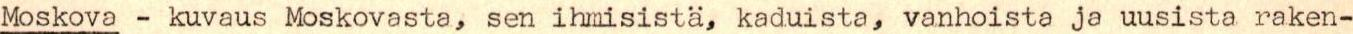
Moskova - kuvaus Moskovasta, sen ihmisistä, kaduista, vanhoista ja uusista raken-